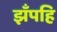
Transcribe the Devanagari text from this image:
झँपहि